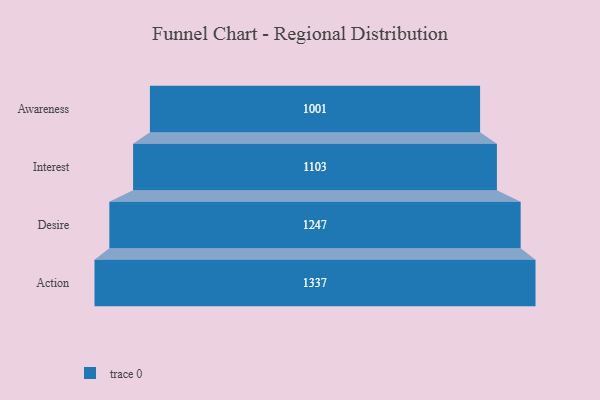
{"axis": {"x": "Stage", "y": "Value"}, "legend": [""], "data": [{"x": "Awareness", "y": 1001.0, "type": ""}, {"x": "Interest", "y": 1103.0, "type": ""}, {"x": "Desire", "y": 1247.0, "type": ""}, {"x": "Action", "y": 1337.0, "type": ""}]}